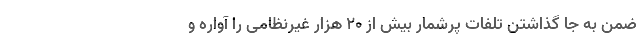
ضمن به جا گذاشتن تلفات پر‌شمار بیش از ۲۰ هزار غیرنظامی را آواره و